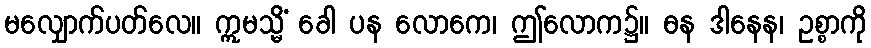
မလျှောက်ပတ်လေ။ ဣမသ္မိံ ခေါ ပန လောကေ၊ ဤလောက၌။ ဓန ဒါနေန၊ ဥစ္စာကို